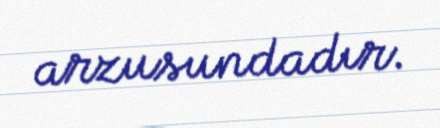
arzusundadır.